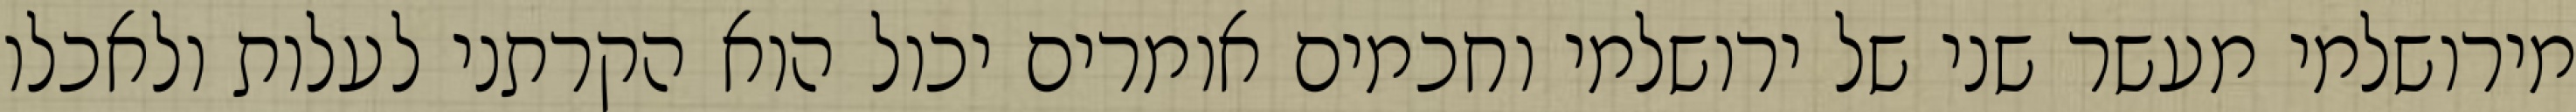
מירושלמי מעשר שני של ירושלמי וחכמים אומרים יכול הוא הקרתני לעלות ולאכלו